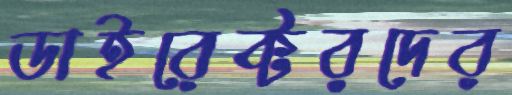
ডাইরেক্টরদের